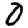
Digit: 0